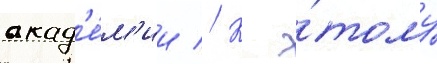
акад'е́м'ии // К э́тому